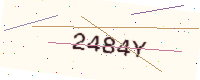
Text: 2484Y